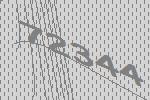
72344